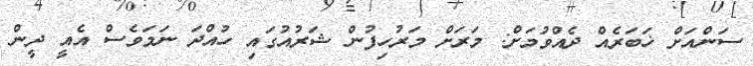
ސަންއަށް ޚަބަރެއް ދެއްވުމަށް: މަރަށް މަރުހިފުން ޝަރުއުގައި ހުއްދަ ނަމަވެސް އެއީ ދީން